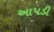
આપડી